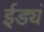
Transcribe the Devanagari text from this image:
ईड्यं